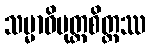
သမ္မာဝိမုတ္တစိတ္တဿ